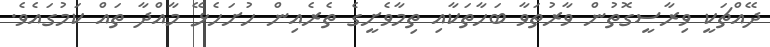
ދޭއްޗަކީ ވިރާސީގޮތުން ވާރުތަވާ ބަހާތަކާއި ތިމާވެށީގެ ތެރެއިން ހުށަހެޅޭ މާއްދާ ތައް ކަމުގައެވެ.